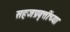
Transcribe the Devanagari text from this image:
सहजप्रवृत्तींच्या